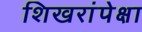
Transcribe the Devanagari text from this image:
शिखरांपेक्षा